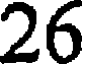
26